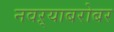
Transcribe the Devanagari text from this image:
नवऱ्याबरोबर